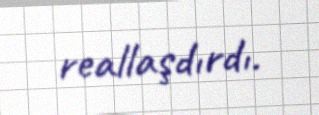
reallaşdırdı.